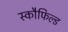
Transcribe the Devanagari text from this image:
स्कौफिल्ड